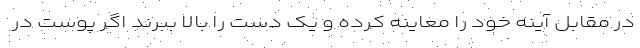
در مقابل آینه خود را معاینه کرده و یک دست را بالا ببرند اگر پوست در